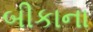
બીકાના